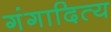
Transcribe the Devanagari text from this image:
गंगादित्य